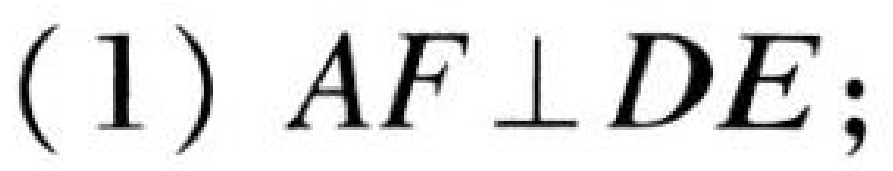
(1) $AF\perp DE$;